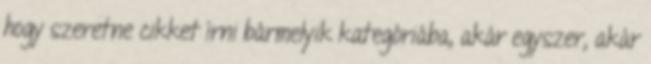
hogy szeretne cikket írni bármelyik kategóriába, akár egyszer, akár